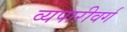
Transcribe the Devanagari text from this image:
व्यपारीवर्ग